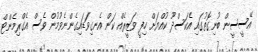
އޭސީސީން ބުނިގޮތުގައި އެކަސްދޫ ކުއްޔަށް ހިފީ ވަޒީރެއް ކަން އެނގިވަޑައިގެންނެވުމުން ވެސް އެގްރިމެންޓް